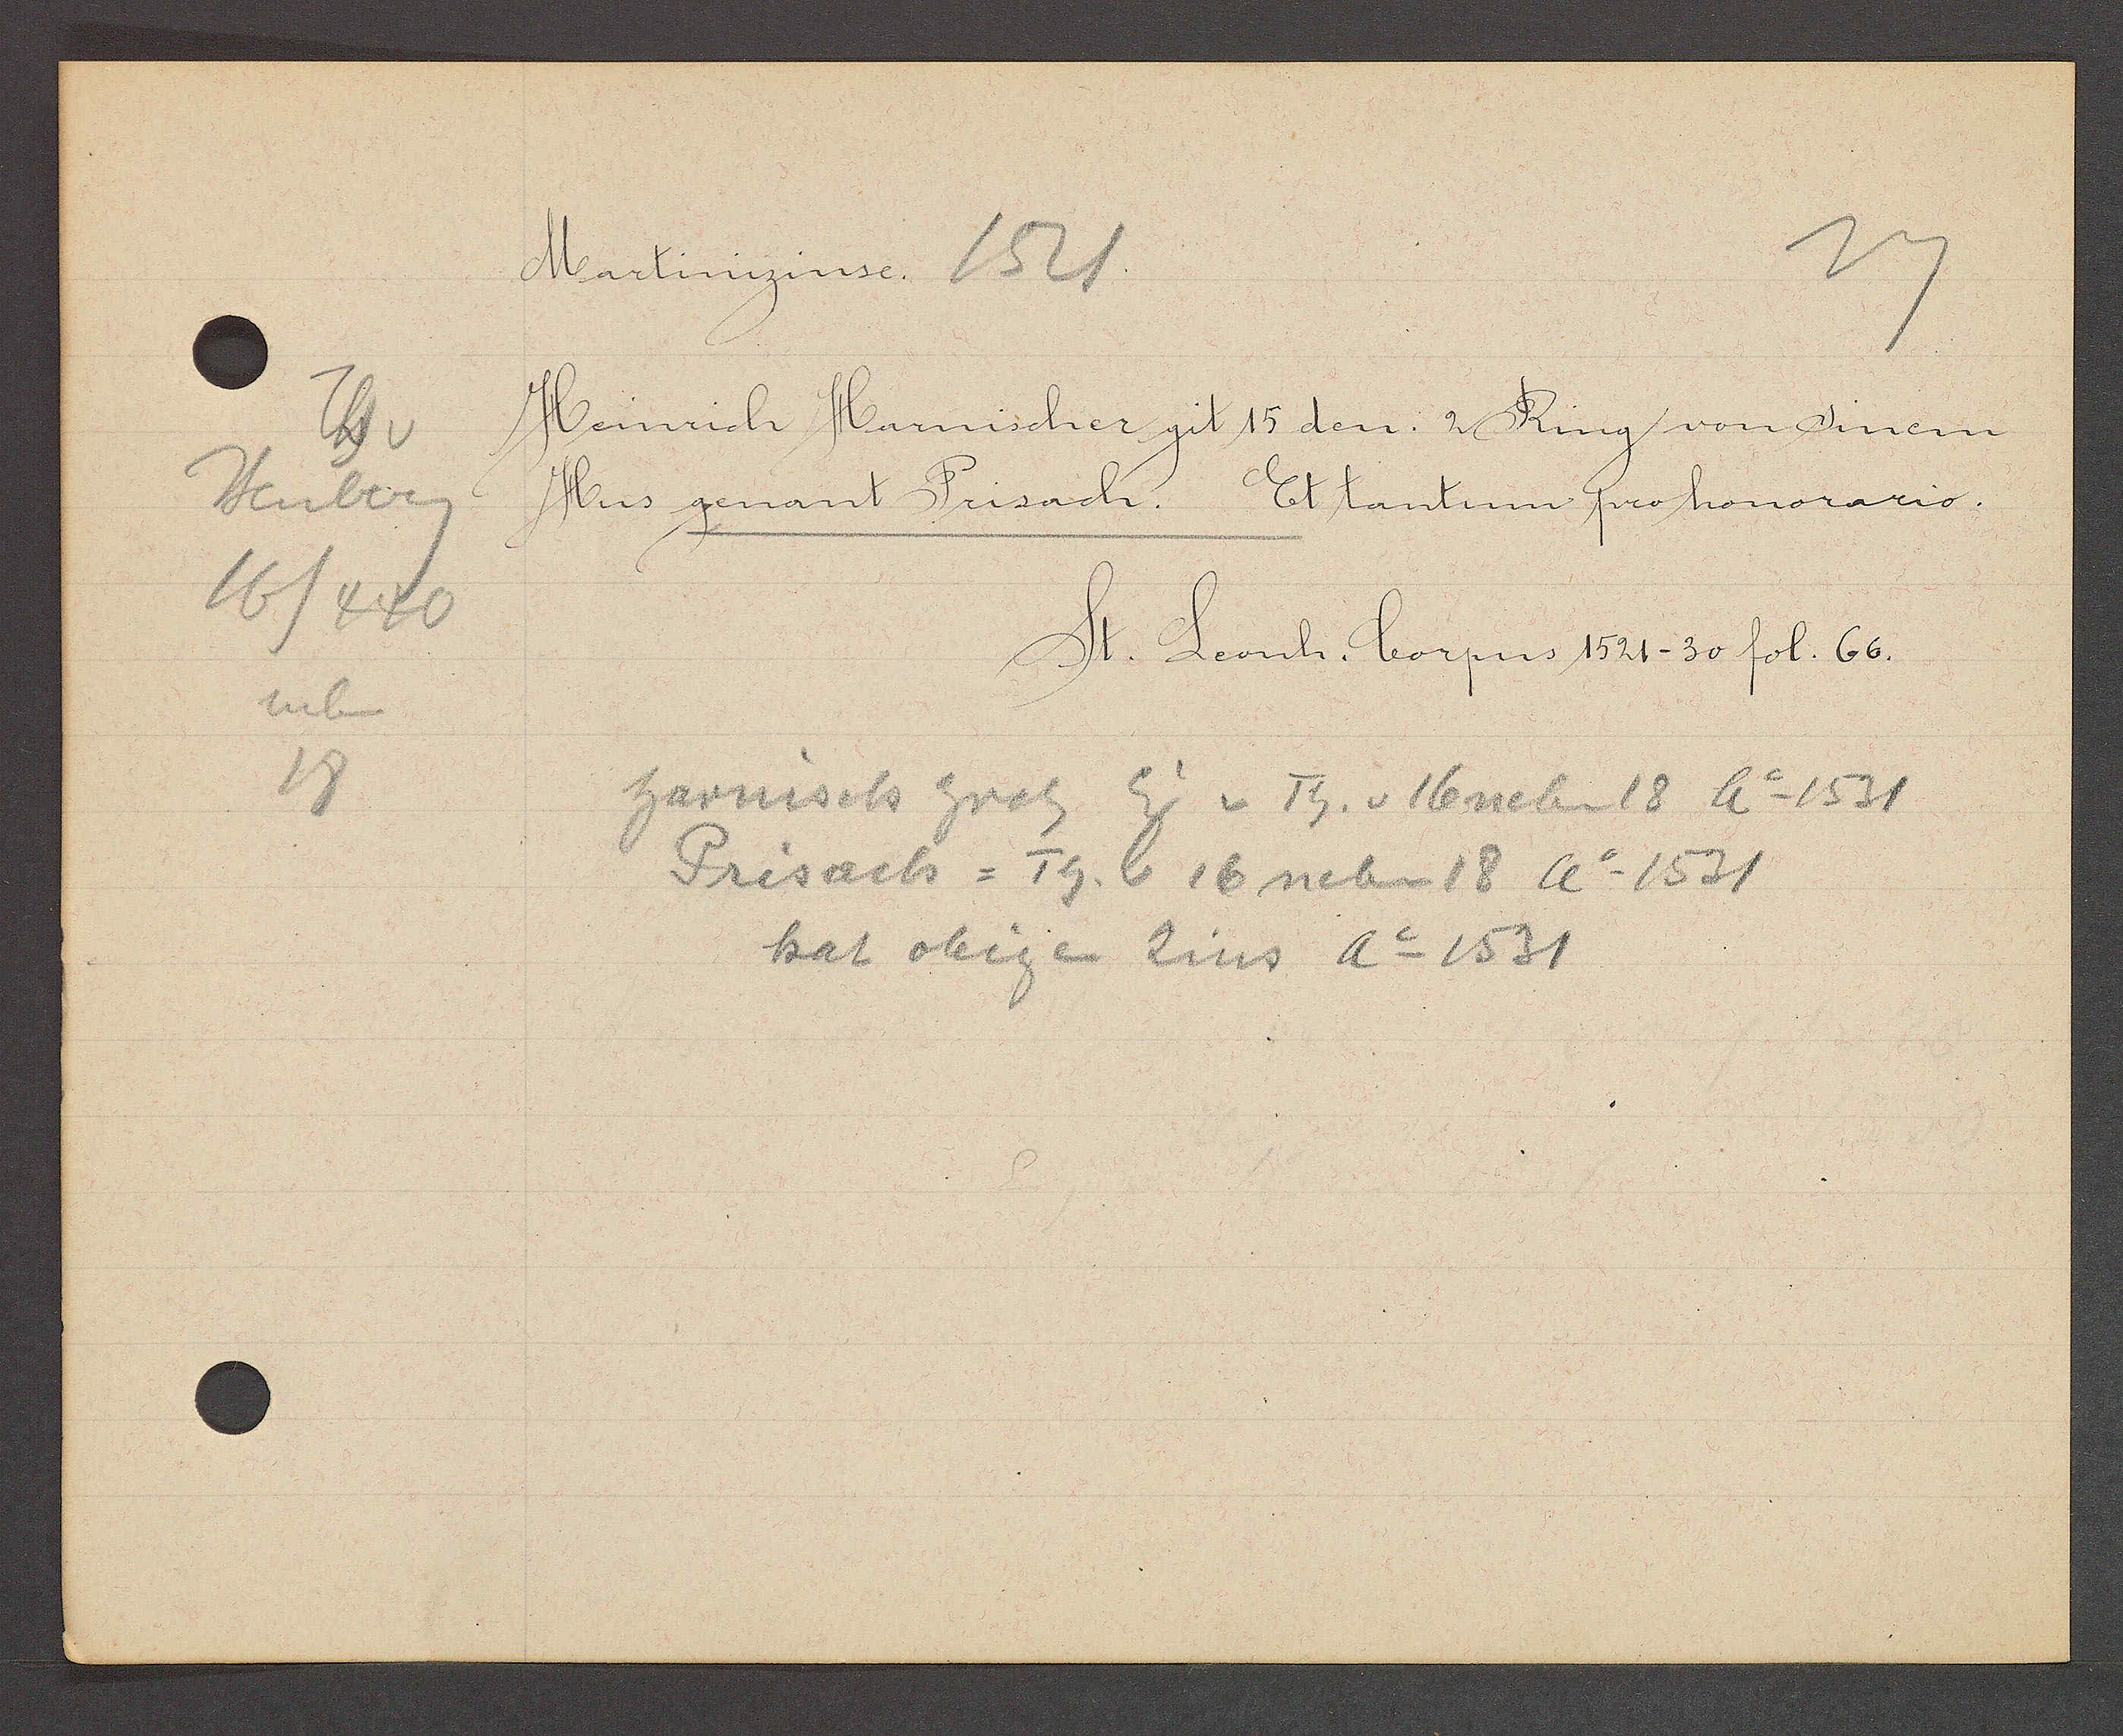
Transcript:
Th v
Heuberg
16/440
neben
18

Martinizinse. 1521

Heinrich Harnischer git 15 den 2 Ring von sinem
Hus genant Frisach. Et tantum pro honorario.

St. Leonh. Corpus 1521-30 fol. 66.

Harnisch hrch Eig v Th. v 16 neben 18 Ao 1531
Prisach = Th. v 16 neben 18 Ao 1531
hat obigen Zins Ao 1531